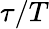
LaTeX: \tau/T